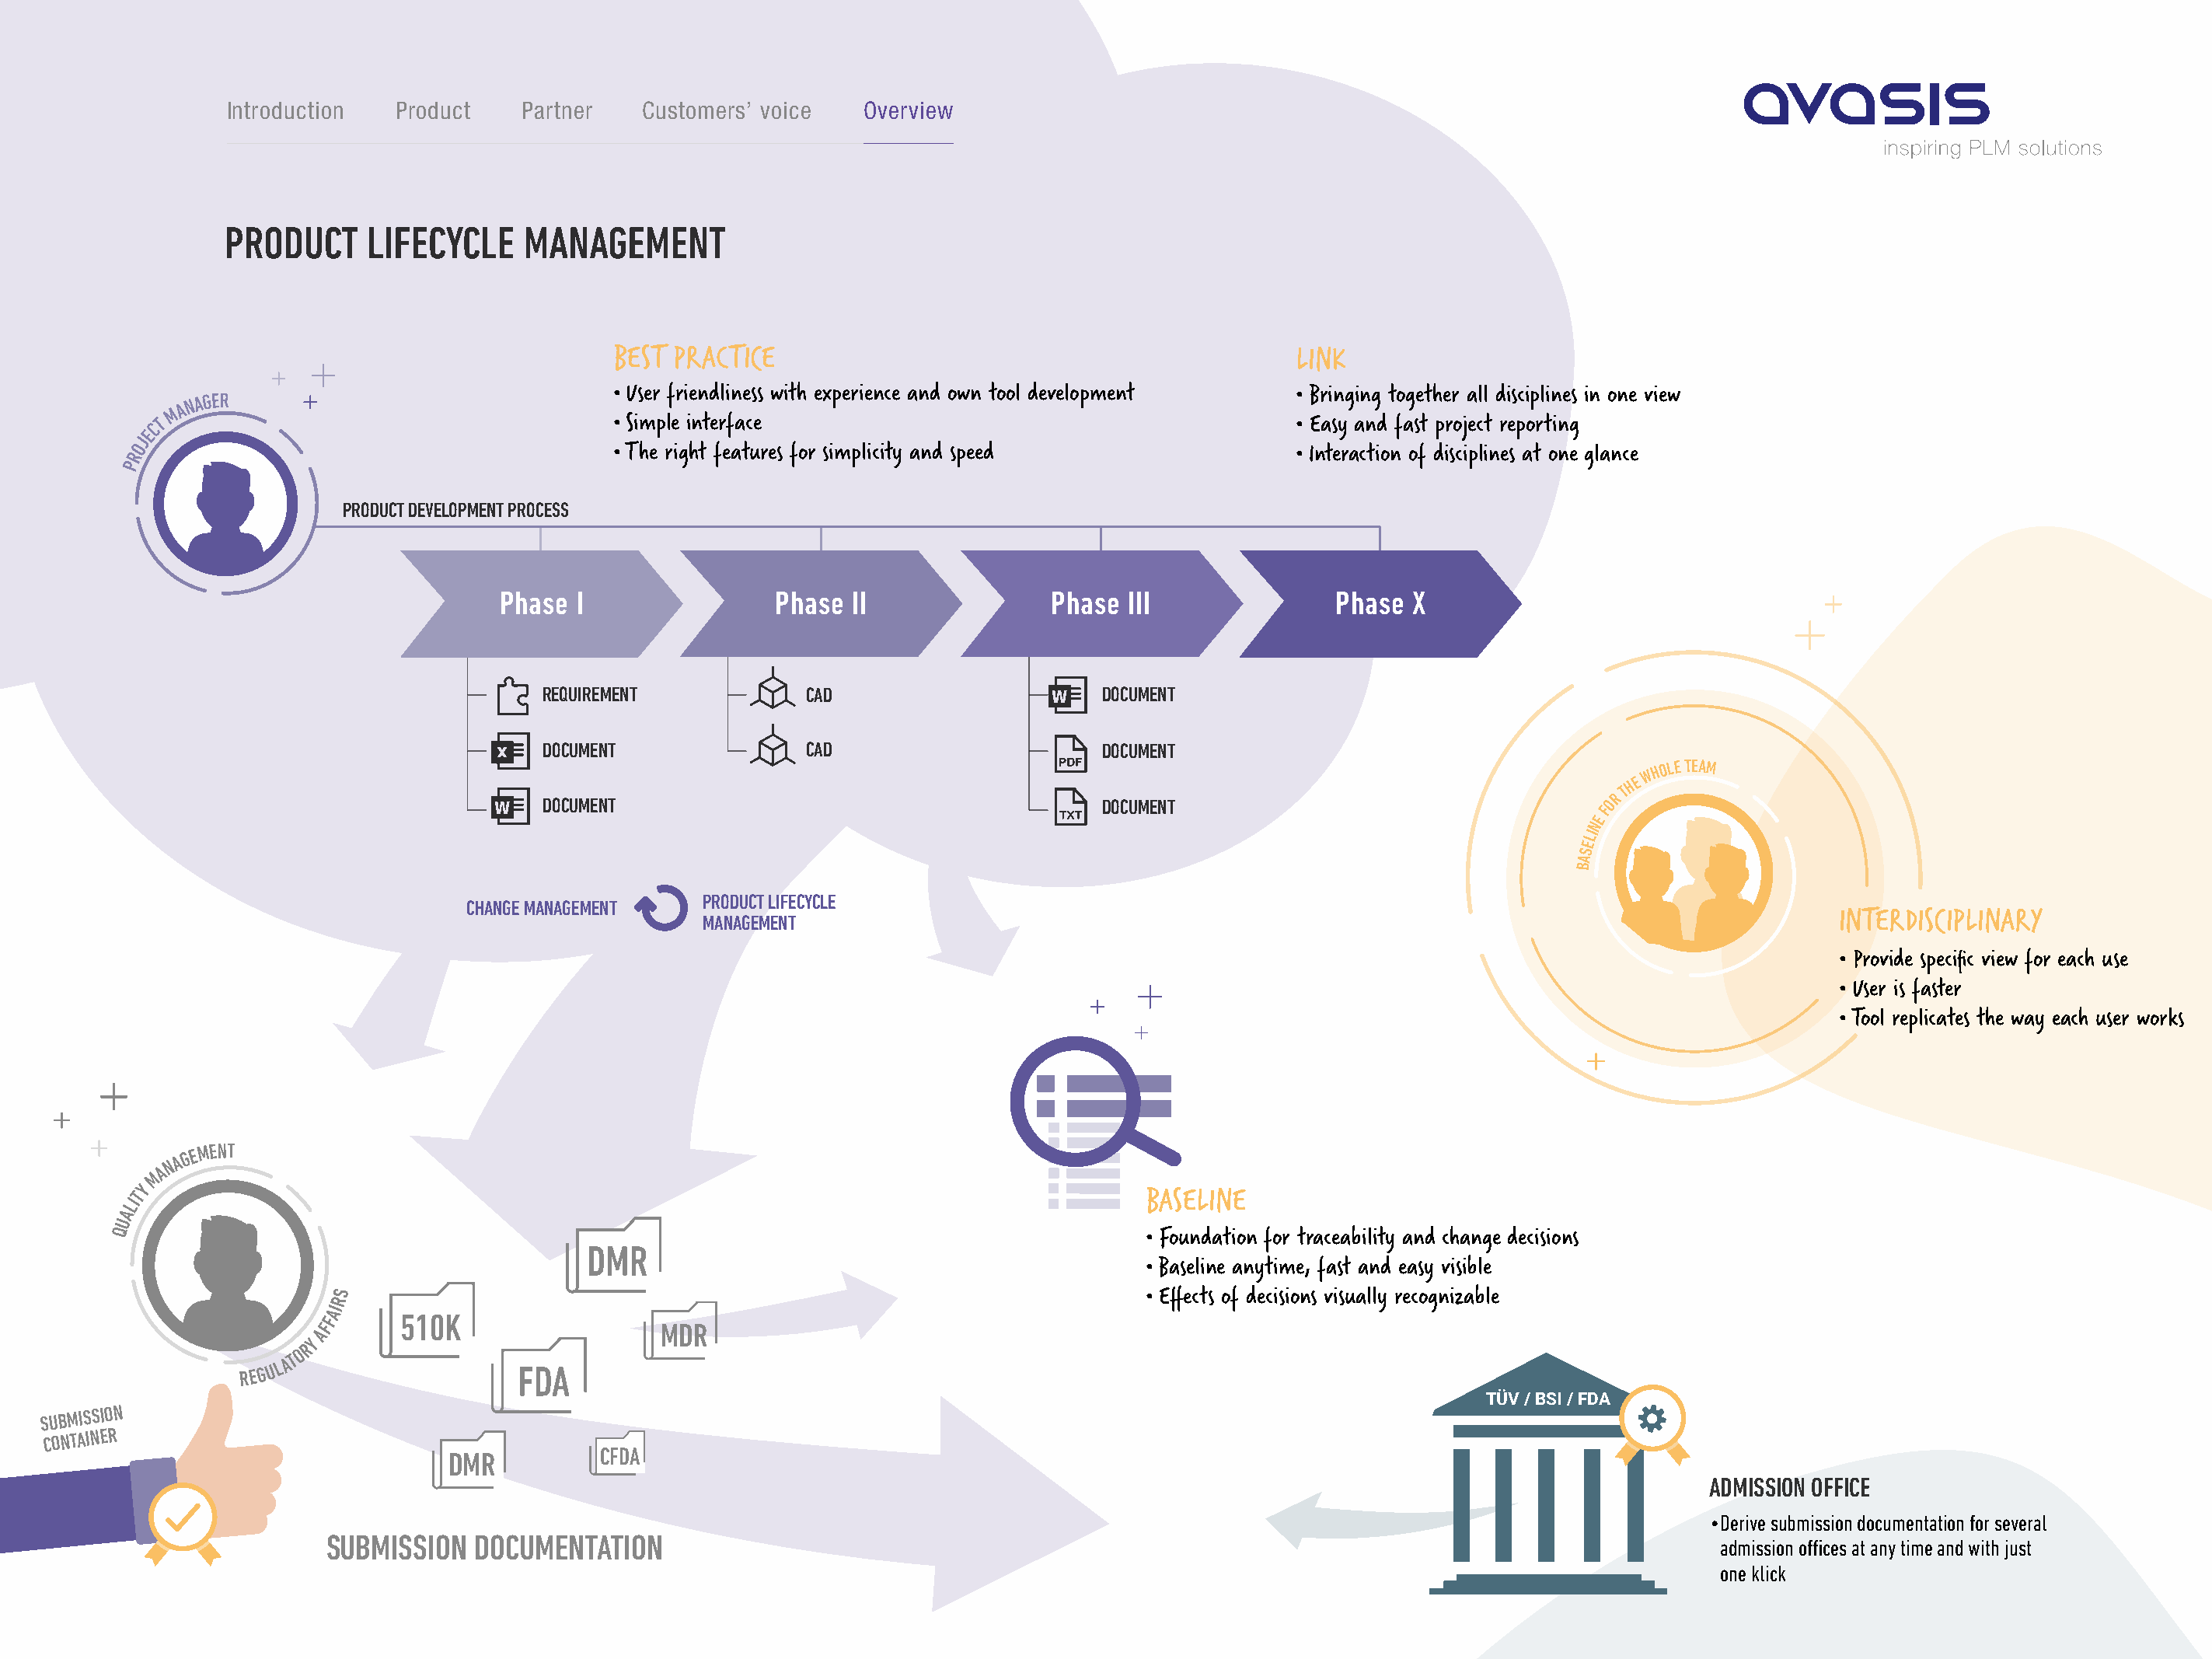
Introduction   Product   Partner    Customers’ voice   OOvveerrvviieeww
 PRODUCT     LIFECYCLE     MANAGEMENT
 BEST PRA�TICE                                             LINK
 • User friendliness with experience and own tool development • Bringing together all disciplines in one view
 M A N
 AGER
 T                                      • Simple interface                                        • Easy and fast project reporting
 C
 E
 J
 O                                        • The right features for simplicity and speed             • Interaction of disciplines at one glance
 R
 P
 PRODUCT DEVELOPMENT PROCESS
 Phase I                Phase  II               Phase III               Phase X
 REQUIREMENT            CAD                      DOCUMENT
 DOCUMENT               CAD                      DOCUMENT
 HE
 W H
 OLE TEAM
 R
 T
 DOCUMENT                                        DOCUMENT                                   O
 F
 E
 N
 LI
 E
 S
 A
 B
 PRODUCT LIFECYCLE
 CHANGE MANAGEMENT
 MANAGEMENT                                                                                       INTERDISCIPLINARY
 • Provide specific view for each use
 • User is faster
 • Tool replicates the way each user works
 N A G E MENT
 A
 M
 Y
 T                                                                                      BASELINE
 LI
 A
 U
 Q                                                                                       • Foundation for traceability and change decisions
 DMR
 • Baseline anytime, fast and easy visible
 S                                                                     • Effects of decisions visually recognizable
 R
 FAI
 510K
 F                            MDR
 A
 Y
 R
 O
 RE G U L
 AT
 FDA
 TÜV / BSI / FDA
 SUBMISSION
 CONTAINER
 DMR          CFDA
 ADMISSION OFFICE
 • Derive submission documentation for several
 SUBMISSION  DOCUMENTATION
 admission offices at any time and with just
 one klick